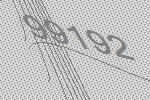
99192